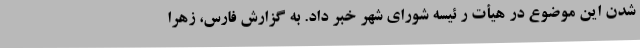
شدن این موضوع در هیأت ر ئیسه شورای شهر خبر داد. به گزارش فارس، زهرا